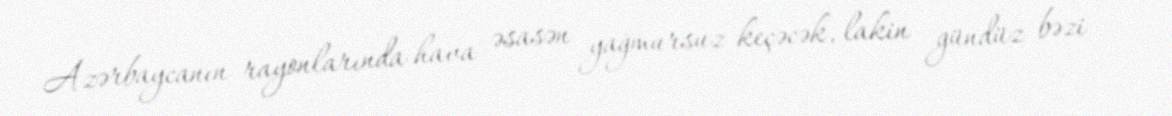
Azərbaycanın rayonlarında hava əsasən yağmursuz keçəcək, lakin gündüz bəzi